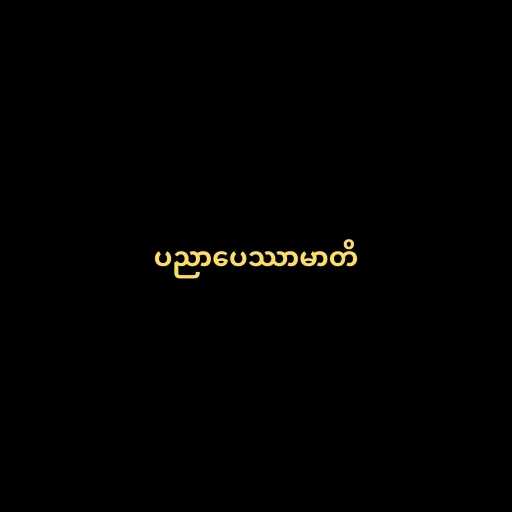
ပညာပေဿာမာတိ